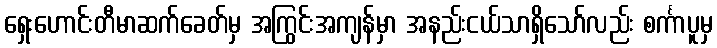
ရှေးဟောင်းတီမာဆက်ခေတ်မှ အကြွင်းအကျန်မှာ အနည်းငယ်သာရှိသော်လည်း စင်္ကာပူမှ